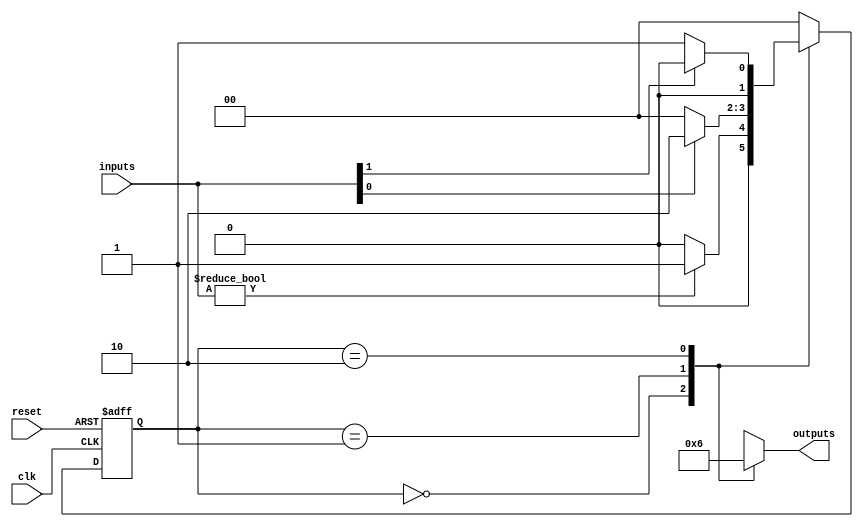
module variable_input_mealy #(
    parameter STATE_WIDTH = 2,  // Number of bits for state encoding
    parameter INPUT_WIDTH = 4    // Parameterized input size
)(
    input wire clk,              // Clock signal
    input wire reset,            // Reset signal
    input wire [INPUT_WIDTH-1:0] inputs, // Variable size inputs
    output reg [1:0] outputs     // Outputs based on the current state and inputs
);

    // State encoding
    localparam IDLE    = 2'b00;
    localparam STATE1  = 2'b01;
    localparam STATE2  = 2'b10;
    
    // State Register
    reg [STATE_WIDTH-1:0] current_state, next_state;

    // State transition logic
    always @(*) begin
        case (current_state)
            IDLE: begin
                if (inputs != 0) begin // Example condition
                    next_state = STATE1;
                end else begin
                    next_state = IDLE;
                end
            end
            
            STATE1: begin
                if (inputs[0]) begin // Example condition for input bit 0
                    next_state = STATE2;
                end else begin
                    next_state = IDLE;
                end
            end
            
            STATE2: begin
                if (inputs[1]) begin // Example condition for input bit 1
                    next_state = IDLE;
                end else begin
                    next_state = STATE1;
                end
            end
            
            default: next_state = IDLE;
        endcase
    end

    // State output logic
    always @(*) begin
        case (current_state)
            IDLE: outputs = 2'b00; // Output for IDLE state
            STATE1: outputs = 2'b01; // Output for STATE1
            STATE2: outputs = 2'b10; // Output for STATE2
            default: outputs = 2'bxx; // Default output
        endcase
    end

    // State register update on clock and reset
    always @(posedge clk or posedge reset) begin
        if (reset) begin
            current_state <= IDLE; // Reset to IDLE state
        end else begin
            current_state <= next_state; // Update state
        end
    end

endmodule